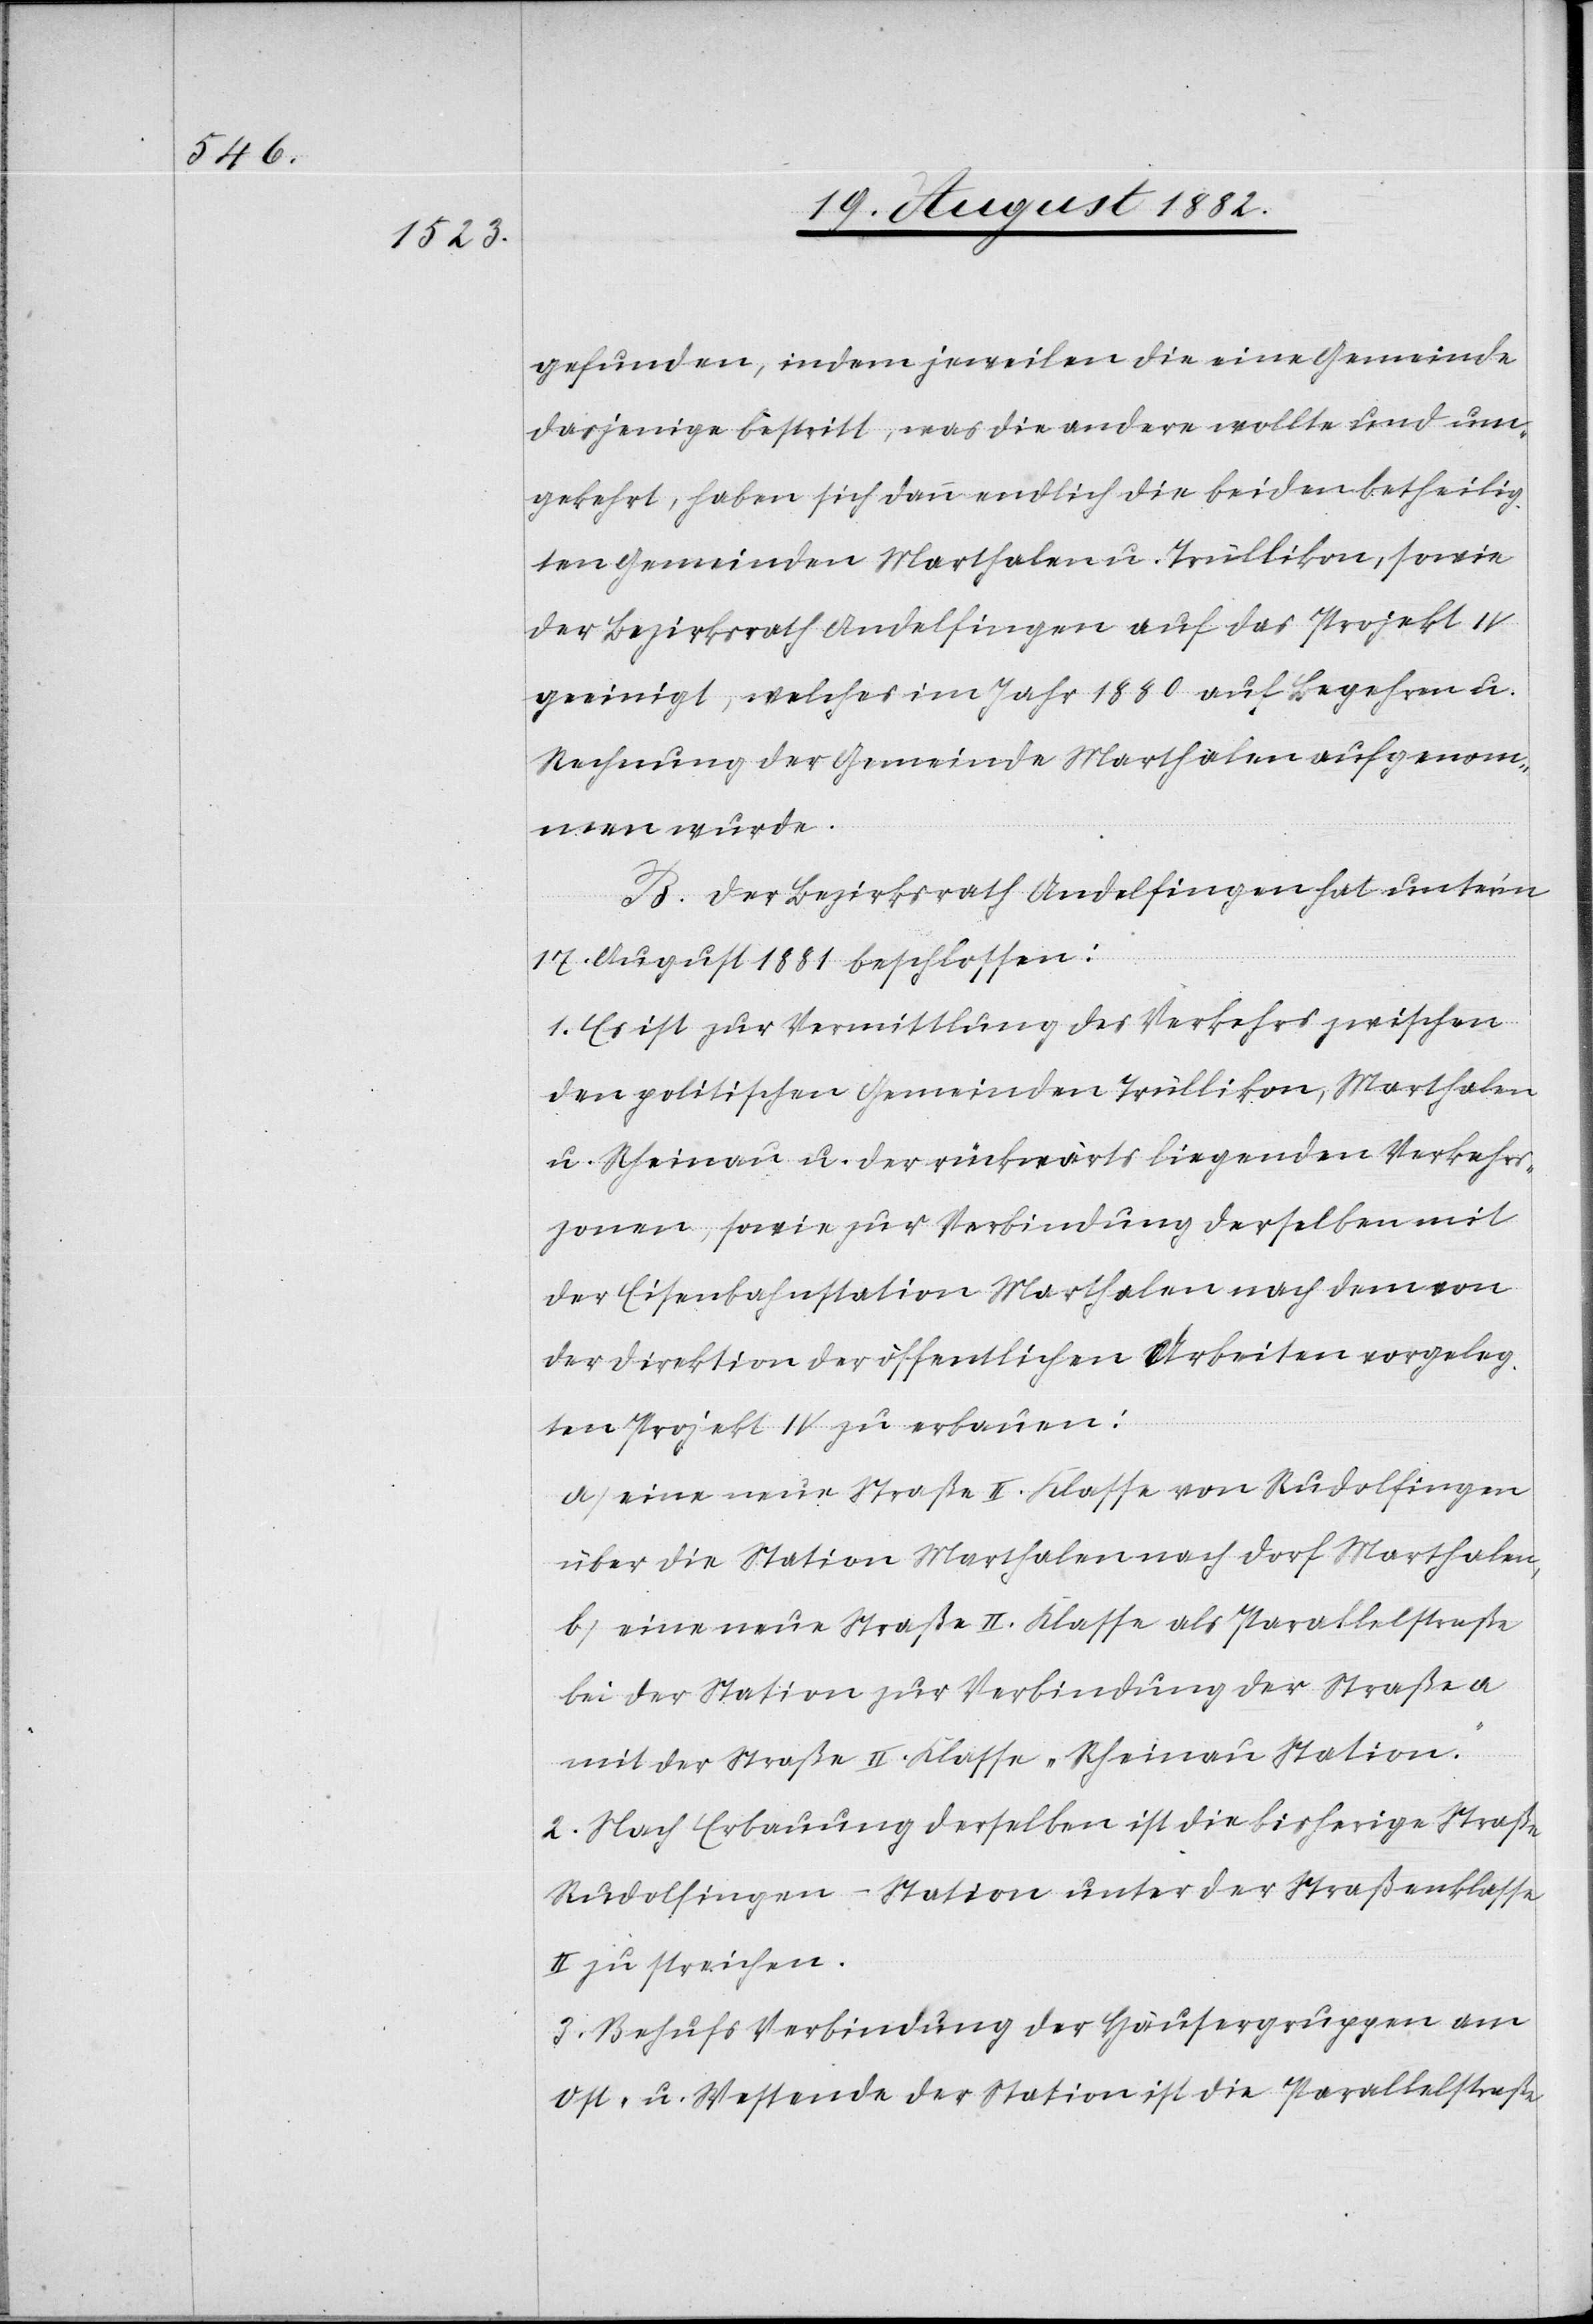
gefunden, indem jeweilen die eine Gemeinde
dasjenige bestritt, was die andere wollte und um¬
gekehrt, haben sich dann endlich die beiden betheilig¬
ten Gemeinden Marthalen u. Trüllikon, sowie
der Bezirksrath Andelfingen auf das Projekt IV
geeinigt, welches im Jahr 1880 auf Begehren u.
Rechnung der Gemeinde Marthalen aufgenom¬
men wurde.
B. Der Bezirksrath Andelfingen hat unter’m
17. August 1881 beschlossen:
1. Es ist zur Vermittlung des Verkehrs zwischen
den politischen Gemeinden Trüllikon, Marthalen
u. Rheinau u. der rückwärts liegenden Verkehr¬
szonen, sowie zur Verbindung derselben mit
der Eisenbahnstation Marthalen nach dem von
der Direktion der öffentlichen Arbeiten vorgeleg¬
ten Projekt IV zu erbauen:
a) eine neue Straße II. Klasse von Rudolfingen
über die Station Marthalen nach Dorf Marthalen,
b) eine neue Straße II. Klasse als Parallelstraße
bei der Station zur Verbindung der Straße a
mit der Straße II. Klasse „Rheinau Station“.
2. Nach Erbauung derselben ist die bisherige Straße
Rudolfingen–Station unter der Straßenklasse
II zu streichen.
3. Behufs Verbindung der Häusergruppen am
Ost- u. Westende der Station ist die Parallelstraße